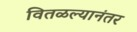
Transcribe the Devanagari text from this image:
वितळल्यानंतर